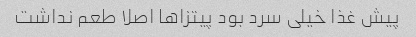
پیش غذا خیلی سرد بود پیتزاها اصلا طعم نداشت